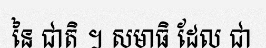
នៃ ជាតិ ។ សមាធិ ដែល ជា